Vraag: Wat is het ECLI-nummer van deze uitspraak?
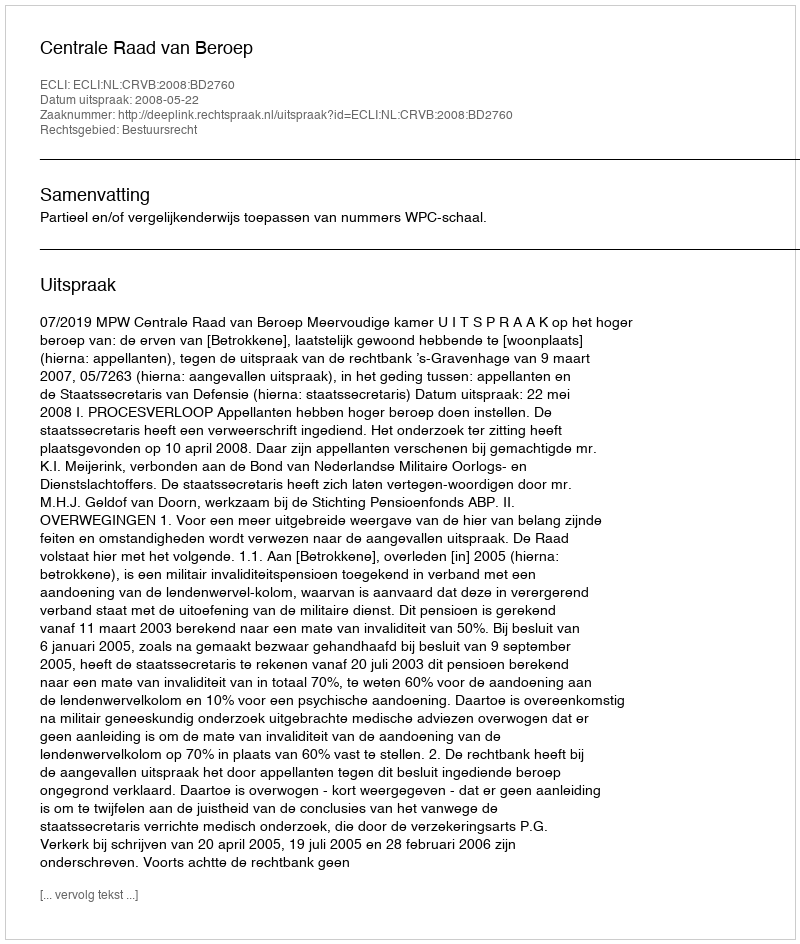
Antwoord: ECLI:NL:CRVB:2008:BD2760